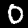
Label: 0